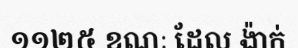
១១២៥ ខណៈ ដែល ង៉ាក់